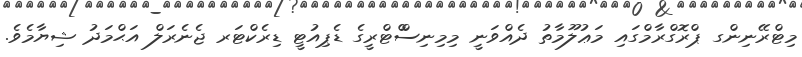
މިޓްރޭނިންގ ޕްރޮގްރާމްގައި މަޢުލޫމާތު ދެއްވަނީ މިމިނިސްްޓްރީގެ ޑެޕިއުޓީ ޑިރެކްޓަރ ޖެނެރަލް އަޙްމަދު ޝިޔާމެވެ.